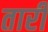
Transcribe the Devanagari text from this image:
तारीं